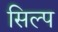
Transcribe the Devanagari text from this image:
सिल्प